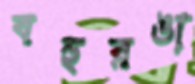
বহুরঙা